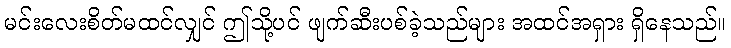
မင်းလေးစိတ်မထင်လျှင် ဤသို့ပင် ဖျက်ဆီးပစ်ခဲ့သည်များ အထင်အရှား ရှိနေသည်။